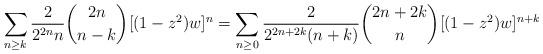
LaTeX: \begin{align*}\sum_{n \geq k}\frac{2}{2^{2n}n}\binom{2n}{n-k}[(1-z^2)w]^n = \sum_{n \geq 0}\frac{2}{2^{2n+2k}(n+k)}\binom{2n+2k}{n}[(1-z^2)w]^{n+k}\end{align*}